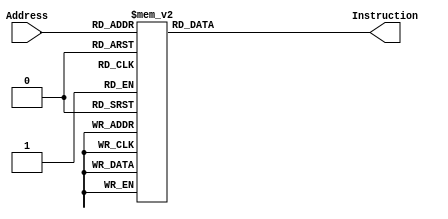
`timescale 1ns/1ps

module InstructionMemory(Address, Instruction);
	input [7:0] Address;
	output reg [31:0] Instruction;
	
	always @(*)
		case (Address)
  //Start:
        //j   Main			
      8'd0: Instruction <= {6'b000010, 26'd3};
        //j   Interrupt			
      8'd1: Instruction <= {6'b000010, 26'd139};
        //j   Exception			
      8'd2: Instruction <= {6'b000010, 26'd168};
  //Main:
        //addi $t0, $zero, 20		
      8'd3: Instruction <= {6'b001000, 5'd0, 5'd8, 16'h14};
        //jr   $t0			
      8'd4: Instruction <= {6'b000000, 5'd8, 5'd0, 5'd0, 5'd0, 6'b001000};
        //addi $t9, $zero, 4		
      8'd5: Instruction <= {6'b001000, 5'd0, 5'd25, 16'h4};
        //add  $s0, $zero, $zero
      8'd6: Instruction <= {6'b000000, 5'd0, 5'd0, 5'd16, 5'd0, 6'b100000};
        //lui  $s0, 0x4000		
      8'd7: Instruction <= {6'b001111, 5'd0, 5'd16, 16'h4000};
  //Timer_Op:
        //add  $t1, $zero, $zero		
      8'd8: Instruction <= {6'b000000, 5'd0, 5'd0, 5'd9, 5'd0, 6'b100000};
        //sw   $t1, 8($s0)		
      8'd9: Instruction <= {6'b101011, 5'd16, 5'd9, 16'h8};
        //lui  $t1, 0xffff
      8'd10: Instruction <= {6'b001111, 5'd0, 5'd9, 16'hffff};
        //ori  $t1, $t1, 0x61a8		
      8'd11: Instruction <= {6'b001101, 5'd9, 5'd9, 16'h61a8};
        //sw   $t1, 0($s0)		
      8'd12: Instruction <= {6'b101011, 5'd16, 5'd9, 16'h0};
        //ori  $t1, $t1, 0xffff		
      8'd13: Instruction <= {6'b001101, 5'd9, 5'd9, 16'hffff};
        //sw   $t1, 4($s0)		
      8'd14: Instruction <= {6'b101011, 5'd16, 5'd9, 16'h4};
        //addi $t1, $zero, 3		
      8'd15: Instruction <= {6'b001000, 5'd0, 5'd9, 16'h3};
        //sw   $t1, 8($s0)		
      8'd16: Instruction <= {6'b101011, 5'd16, 5'd9, 16'h8};
  //U_Rcv_Initialize:
        //ori  $t2, $zero, 0x0002
      8'd17: Instruction <= {6'b001101, 5'd0, 5'd10, 16'h0002};
        //sw   $t2, 32($s0)		
      8'd18: Instruction <= {6'b101011, 5'd16, 5'd10, 16'h20};
  //U_Rcv_Loop1:
        //lw   $t2, 32($s0)
      8'd19: Instruction <= {6'b100011, 5'd16, 5'd10, 16'h20};
        //andi $t2, $t2, 0x0008
      8'd20: Instruction <= {6'b001100, 5'd10, 5'd10, 16'h0008};
        //beq  $t2, $zero, U_Rcv_Loop1	
      8'd21: Instruction <= {6'b000100, 5'd0, 5'd10, 16'b1111111111111101};
        //lw   $t3, 28($s0)		
      8'd22: Instruction <= {6'b100011, 5'd16, 5'd11, 16'h1C};
        //beq  $t3, $zero, U_Rcv_Loop1	
      8'd23: Instruction <= {6'b000100, 5'd0, 5'd11, 16'b1111111111111011};
        //add  $s1, $zero, $t3		
      8'd24: Instruction <= {6'b000000, 5'd0, 5'd11, 5'd17, 5'd0, 6'b100000};
  //U_Rcv_Loop2:
        //lw   $t2, 32($s0)
      8'd25: Instruction <= {6'b100011, 5'd16, 5'd10, 16'h20};
        //andi $t2, $t2, 0x0008
      8'd26: Instruction <= {6'b001100, 5'd10, 5'd10, 16'h0008};
        //beq  $t2, $zero, U_Rcv_Loop2
      8'd27: Instruction <= {6'b000100, 5'd0, 5'd10, 16'b1111111111111101};
        //lw   $t3, 28($s0)
      8'd28: Instruction <= {6'b100011, 5'd16, 5'd11, 16'h1C};
        //beq  $t3, $zero, U_Rcv_Loop2
      8'd29: Instruction <= {6'b000100, 5'd0, 5'd11, 16'b1111111111111011};
        //add  $s2, $zero, $t3		
      8'd30: Instruction <= {6'b000000, 5'd0, 5'd11, 5'd18, 5'd0, 6'b100000};
  //U_Rcv_Finish:
        //add  $t2, $zero, $zero
      8'd31: Instruction <= {6'b000000, 5'd0, 5'd0, 5'd10, 5'd0, 6'b100000};
        //sw   $t2, 32($s0)		
      8'd32: Instruction <= {6'b101011, 5'd16, 5'd10, 16'h20};
  //Seg_Op:
        //sll  $a0, $s1, 24
      8'd33: Instruction <= {6'b000000, 5'd0, 5'd17, 5'd4, 5'd24, 6'b000000};
        //srl  $a0, $a0, 28
      8'd34: Instruction <= {6'b000000, 5'd0, 5'd4, 5'd4, 5'd28, 6'b000010};
        //jal  Get_Seg_Info
      8'd35: Instruction <= {6'b000011, 26'd77};
        //add  $s4, $zero, $v0		
      8'd36: Instruction <= {6'b000000, 5'd0, 5'd2, 5'd20, 5'd0, 6'b100000};
        //addi $s4, $s4, 0x0800
      8'd37: Instruction <= {6'b001000, 5'd20, 5'd20, 16'h0800};
        //sll  $a0, $s1, 28
      8'd38: Instruction <= {6'b000000, 5'd0, 5'd17, 5'd4, 5'd28, 6'b000000};
        //srl  $a0, $a0, 28
      8'd39: Instruction <= {6'b000000, 5'd0, 5'd4, 5'd4, 5'd28, 6'b000010};
        //jal  Get_Seg_Info
      8'd40: Instruction <= {6'b000011, 26'd77};
        //add  $s5, $zero, $v0		
      8'd41: Instruction <= {6'b000000, 5'd0, 5'd2, 5'd21, 5'd0, 6'b100000};
        //addi $s5, $s5, 0x0400
      8'd42: Instruction <= {6'b001000, 5'd21, 5'd21, 16'h0400};
        //sll  $a0, $s2, 24
      8'd43: Instruction <= {6'b000000, 5'd0, 5'd18, 5'd4, 5'd24, 6'b000000};
        //srl  $a0, $a0, 28
      8'd44: Instruction <= {6'b000000, 5'd0, 5'd4, 5'd4, 5'd28, 6'b000010};
        //jal  Get_Seg_Info
      8'd45: Instruction <= {6'b000011, 26'd77};
        //add  $s6, $zero, $v0		
      8'd46: Instruction <= {6'b000000, 5'd0, 5'd2, 5'd22, 5'd0, 6'b100000};
        //addi $s6, $s6, 0x0200
      8'd47: Instruction <= {6'b001000, 5'd22, 5'd22, 16'h0200};
        //sll  $a0, $s2, 28
      8'd48: Instruction <= {6'b000000, 5'd0, 5'd18, 5'd4, 5'd28, 6'b000000};
        //srl  $a0, $a0, 28
      8'd49: Instruction <= {6'b000000, 5'd0, 5'd4, 5'd4, 5'd28, 6'b000010};
        //jal  Get_Seg_Info
      8'd50: Instruction <= {6'b000011, 26'd77};
        //add  $s7, $zero, $v0		
      8'd51: Instruction <= {6'b000000, 5'd0, 5'd2, 5'd23, 5'd0, 6'b100000};
        //addi $s7, $s7, 0x0100
      8'd52: Instruction <= {6'b001000, 5'd23, 5'd23, 16'h0100};
  //Find_GCD_Main:
        //slt  $t0, $s1, $s2
      8'd53: Instruction <= {6'b000000, 5'd17, 5'd18, 5'd8, 5'd0, 6'b101010};
        //beq  $t0, $zero, Find_GCD_Link
      8'd54: Instruction <= {6'b000100, 5'd0, 5'd8, 16'b11};
        //add  $t0, $zero, $s1
      8'd55: Instruction <= {6'b000000, 5'd0, 5'd17, 5'd8, 5'd0, 6'b100000};
        //add  $s1, $zero, $s2
      8'd56: Instruction <= {6'b000000, 5'd0, 5'd18, 5'd17, 5'd0, 6'b100000};
        //add  $s2, $zero, $t0		
      8'd57: Instruction <= {6'b000000, 5'd0, 5'd8, 5'd18, 5'd0, 6'b100000};
  //Find_GCD_Link:
        //add  $t1, $zero, $s1
      8'd58: Instruction <= {6'b000000, 5'd0, 5'd17, 5'd9, 5'd0, 6'b100000};
        //add  $t2, $zero, $s2
      8'd59: Instruction <= {6'b000000, 5'd0, 5'd18, 5'd10, 5'd0, 6'b100000};
  //GCD_Func_Loop:
        //sub  $t1, $t1, $t2
      8'd60: Instruction <= {6'b000000, 5'd9, 5'd10, 5'd9, 5'd0, 6'b100010};
        //beq  $t1, $zero, GCD_Func_Return
      8'd61: Instruction <= {6'b000100, 5'd0, 5'd9, 16'b110};
        //slt  $t0, $t1, $t2
      8'd62: Instruction <= {6'b000000, 5'd9, 5'd10, 5'd8, 5'd0, 6'b101010};
        //beq  $t0, $zero, GCD_Func_Loop
      8'd63: Instruction <= {6'b000100, 5'd0, 5'd8, 16'b1111111111111100};
        //add  $t0, $zero, $t1
      8'd64: Instruction <= {6'b000000, 5'd0, 5'd9, 5'd8, 5'd0, 6'b100000};
        //add  $t1, $zero, $t2
      8'd65: Instruction <= {6'b000000, 5'd0, 5'd10, 5'd9, 5'd0, 6'b100000};
        //add  $t2, $zero, $t0
      8'd66: Instruction <= {6'b000000, 5'd0, 5'd8, 5'd10, 5'd0, 6'b100000};
        //j    GCD_Func_Loop
      8'd67: Instruction <= {6'b000010, 26'd60};
  //GCD_Func_Return:
        //add  $s3, $zero, $t2
      8'd68: Instruction <= {6'b000000, 5'd0, 5'd10, 5'd19, 5'd0, 6'b100000};
        //sw   $s3, 12($s0)		
      8'd69: Instruction <= {6'b101011, 5'd16, 5'd19, 16'hC};
  //U_Send_Loop:
        //lw   $t2, 32($s0)
      8'd70: Instruction <= {6'b100011, 5'd16, 5'd10, 16'h20};
        //andi $t2, $t2, 0x0010
      8'd71: Instruction <= {6'b001100, 5'd10, 5'd10, 16'h0010};
        //bne  $t2, $zero, U_Send_Loop	
      8'd72: Instruction <= {6'b000101, 5'd0, 5'd10, 16'b1111111111111101};
  //U_Send:
        //ori  $t2, $zero, 0x0001
      8'd73: Instruction <= {6'b001101, 5'd0, 5'd10, 16'h0001};
        //sw   $s3, 32($s0)		
      8'd74: Instruction <= {6'b101011, 5'd16, 5'd19, 16'h20};
        //sw   $s3, 24($s0)		
      8'd75: Instruction <= {6'b101011, 5'd16, 5'd19, 16'h18};
  //U_Send_After:
        //j    U_Rcv_Initialize		
      8'd76: Instruction <= {6'b000010, 26'd17};
  //Get_Seg_Info:
        //ori  $t0, $zero, 0x0000
      8'd77: Instruction <= {6'b001101, 5'd0, 5'd8, 16'h0000};
        //bne  $a0, $t0, Judge_1
      8'd78: Instruction <= {6'b000101, 5'd8, 5'd4, 16'b10};
        //ori  $v0, $zero, 0x0040
      8'd79: Instruction <= {6'b001101, 5'd0, 5'd2, 16'h0040};
        //jr   $ra
      8'd80: Instruction <= {6'b000000, 5'd31, 5'd0, 5'd0, 5'd0, 6'b001000};
  //Judge_1:
        //ori  $t0, $zero, 0x0001
      8'd81: Instruction <= {6'b001101, 5'd0, 5'd8, 16'h0001};
        //bne  $a0, $t0, Judge_2
      8'd82: Instruction <= {6'b000101, 5'd8, 5'd4, 16'b10};
        //ori  $v0, $zero, 0x0079
      8'd83: Instruction <= {6'b001101, 5'd0, 5'd2, 16'h0079};
        //jr   $ra
      8'd84: Instruction <= {6'b000000, 5'd31, 5'd0, 5'd0, 5'd0, 6'b001000};
  //Judge_2:
        //ori  $t0, $zero, 0x0002
      8'd85: Instruction <= {6'b001101, 5'd0, 5'd8, 16'h0002};
        //bne  $a0, $t0, Judge_3
      8'd86: Instruction <= {6'b000101, 5'd8, 5'd4, 16'b10};
        //ori  $v0, $zero, 0x0024
      8'd87: Instruction <= {6'b001101, 5'd0, 5'd2, 16'h0024};
        //jr   $ra
      8'd88: Instruction <= {6'b000000, 5'd31, 5'd0, 5'd0, 5'd0, 6'b001000};
  //Judge_3:
        //ori  $t0, $zero, 0x0003
      8'd89: Instruction <= {6'b001101, 5'd0, 5'd8, 16'h0003};
        //bne  $a0, $t0, Judge_4
      8'd90: Instruction <= {6'b000101, 5'd8, 5'd4, 16'b10};
        //ori  $v0, $zero, 0x0030
      8'd91: Instruction <= {6'b001101, 5'd0, 5'd2, 16'h0030};
        //jr   $ra
      8'd92: Instruction <= {6'b000000, 5'd31, 5'd0, 5'd0, 5'd0, 6'b001000};
  //Judge_4:
        //ori  $t0, $zero, 0x0004
      8'd93: Instruction <= {6'b001101, 5'd0, 5'd8, 16'h0004};
        //bne  $a0, $t0, Judge_5
      8'd94: Instruction <= {6'b000101, 5'd8, 5'd4, 16'b10};
        //ori  $v0, $zero, 0x0019
      8'd95: Instruction <= {6'b001101, 5'd0, 5'd2, 16'h0019};
        //jr   $ra
      8'd96: Instruction <= {6'b000000, 5'd31, 5'd0, 5'd0, 5'd0, 6'b001000};
  //Judge_5:
        //ori  $t0, $zero, 0x0005
      8'd97: Instruction <= {6'b001101, 5'd0, 5'd8, 16'h0005};
        //bne  $a0, $t0, Judge_6
      8'd98: Instruction <= {6'b000101, 5'd8, 5'd4, 16'b10};
        //ori  $v0, $zero, 0x0012
      8'd99: Instruction <= {6'b001101, 5'd0, 5'd2, 16'h0012};
        //jr   $ra
      8'd100: Instruction <= {6'b000000, 5'd31, 5'd0, 5'd0, 5'd0, 6'b001000};
  //Judge_6:
        //ori  $t0, $zero, 0x0006
      8'd101: Instruction <= {6'b001101, 5'd0, 5'd8, 16'h0006};
        //bne  $a0, $t0, Judge_7
      8'd102: Instruction <= {6'b000101, 5'd8, 5'd4, 16'b10};
        //ori  $v0, $zero, 0x0002
      8'd103: Instruction <= {6'b001101, 5'd0, 5'd2, 16'h0002};
        //jr   $ra
      8'd104: Instruction <= {6'b000000, 5'd31, 5'd0, 5'd0, 5'd0, 6'b001000};
  //Judge_7:
        //ori  $t0, $zero, 0x0007
      8'd105: Instruction <= {6'b001101, 5'd0, 5'd8, 16'h0007};
        //bne  $a0, $t0, Judge_8
      8'd106: Instruction <= {6'b000101, 5'd8, 5'd4, 16'b10};
        //ori  $v0, $zero, 0x0078
      8'd107: Instruction <= {6'b001101, 5'd0, 5'd2, 16'h0078};
        //jr   $ra
      8'd108: Instruction <= {6'b000000, 5'd31, 5'd0, 5'd0, 5'd0, 6'b001000};
  //Judge_8:
        //ori  $t0, $zero, 0x0008
      8'd109: Instruction <= {6'b001101, 5'd0, 5'd8, 16'h0008};
        //bne  $a0, $t0, Judge_9
      8'd110: Instruction <= {6'b000101, 5'd8, 5'd4, 16'b10};
        //ori  $v0, $zero, 0x0000
      8'd111: Instruction <= {6'b001101, 5'd0, 5'd2, 16'h0000};
        //jr   $ra
      8'd112: Instruction <= {6'b000000, 5'd31, 5'd0, 5'd0, 5'd0, 6'b001000};
  //Judge_9:
        //ori  $t0, $zero, 0x0009
      8'd113: Instruction <= {6'b001101, 5'd0, 5'd8, 16'h0009};
        //bne  $a0, $t0, Judge_A
      8'd114: Instruction <= {6'b000101, 5'd8, 5'd4, 16'b10};
        //ori  $v0, $zero, 0x0010
      8'd115: Instruction <= {6'b001101, 5'd0, 5'd2, 16'h0010};
        //jr   $ra
      8'd116: Instruction <= {6'b000000, 5'd31, 5'd0, 5'd0, 5'd0, 6'b001000};
  //Judge_A:
        //ori  $t0, $zero, 0x000A
      8'd117: Instruction <= {6'b001101, 5'd0, 5'd8, 16'h000A};
        //bne  $a0, $t0, Judge_B
      8'd118: Instruction <= {6'b000101, 5'd8, 5'd4, 16'b10};
        //ori  $v0, $zero, 0x0008
      8'd119: Instruction <= {6'b001101, 5'd0, 5'd2, 16'h0008};
        //jr   $ra
      8'd120: Instruction <= {6'b000000, 5'd31, 5'd0, 5'd0, 5'd0, 6'b001000};
  //Judge_B:
        //ori  $t0, $zero, 0x000B
      8'd121: Instruction <= {6'b001101, 5'd0, 5'd8, 16'h000B};
        //bne  $a0, $t0, Judge_C
      8'd122: Instruction <= {6'b000101, 5'd8, 5'd4, 16'b10};
        //ori  $v0, $zero, 0x0003
      8'd123: Instruction <= {6'b001101, 5'd0, 5'd2, 16'h0003};
        //jr   $ra
      8'd124: Instruction <= {6'b000000, 5'd31, 5'd0, 5'd0, 5'd0, 6'b001000};
  //Judge_C:
        //ori  $t0, $zero, 0x000C
      8'd125: Instruction <= {6'b001101, 5'd0, 5'd8, 16'h000C};
        //bne  $a0, $t0, Judge_D
      8'd126: Instruction <= {6'b000101, 5'd8, 5'd4, 16'b10};
        //ori  $v0, $zero, 0x0046
      8'd127: Instruction <= {6'b001101, 5'd0, 5'd2, 16'h0046};
        //jr   $ra
      8'd128: Instruction <= {6'b000000, 5'd31, 5'd0, 5'd0, 5'd0, 6'b001000};
  //Judge_D:
        //ori  $t0, $zero, 0x000D
      8'd129: Instruction <= {6'b001101, 5'd0, 5'd8, 16'h000D};
        //bne  $a0, $t0, Judge_E
      8'd130: Instruction <= {6'b000101, 5'd8, 5'd4, 16'b10};
        //ori  $v0, $zero, 0x0021
      8'd131: Instruction <= {6'b001101, 5'd0, 5'd2, 16'h0021};
        //jr   $ra
      8'd132: Instruction <= {6'b000000, 5'd31, 5'd0, 5'd0, 5'd0, 6'b001000};
  //Judge_E:
        //ori  $t0, $zero, 0x000E
      8'd133: Instruction <= {6'b001101, 5'd0, 5'd8, 16'h000E};
        //bne  $a0, $t0, Judge_F
      8'd134: Instruction <= {6'b000101, 5'd8, 5'd4, 16'b10};
        //ori  $v0, $zero, 0x0006
      8'd135: Instruction <= {6'b001101, 5'd0, 5'd2, 16'h0006};
        //jr   $ra
      8'd136: Instruction <= {6'b000000, 5'd31, 5'd0, 5'd0, 5'd0, 6'b001000};
  //Judge_F:
        //ori  $v0, $zero, 0x000E
      8'd137: Instruction <= {6'b001101, 5'd0, 5'd2, 16'h000E};
        //jr   $ra
      8'd138: Instruction <= {6'b000000, 5'd31, 5'd0, 5'd0, 5'd0, 6'b001000};
  //Interrupt:
        //lw   $t4, 8($s0)		
      8'd139: Instruction <= {6'b100011, 5'd16, 5'd12, 16'h8};
        //add  $t5, $zero, $zero		
      8'd140: Instruction <= {6'b000000, 5'd0, 5'd0, 5'd13, 5'd0, 6'b100000};
        //lui  $t5, 0xffff
      8'd141: Instruction <= {6'b001111, 5'd0, 5'd13, 16'hffff};
        //ori  $t5, $t5, 0xfff9		
      8'd142: Instruction <= {6'b001101, 5'd13, 5'd13, 16'hfff9};
        //and  $t4, $t4, $t5
      8'd143: Instruction <= {6'b000000, 5'd12, 5'd13, 5'd12, 5'd0, 6'b100100};
        //sw   $t4, 8($s0)		
      8'd144: Instruction <= {6'b101011, 5'd16, 5'd12, 16'h8};
  //Judge_Show_4:
        //ori  $t6, $zero, 0x0004
      8'd145: Instruction <= {6'b001101, 5'd0, 5'd14, 16'h0004};
        //bne  $t9, $t6, Judge_Show_5
      8'd146: Instruction <= {6'b000101, 5'd14, 5'd25, 16'b11};
        //sw   $s4, 20($s0)		
      8'd147: Instruction <= {6'b101011, 5'd16, 5'd20, 16'h14};
        //ori  $t9, $zero, 0x0005		
      8'd148: Instruction <= {6'b001101, 5'd0, 5'd25, 16'h0005};
        //j    Get_Back
      8'd149: Instruction <= {6'b000010, 26'd162};
  //Judge_Show_5:
        //ori  $t6, $zero, 0x0005
      8'd150: Instruction <= {6'b001101, 5'd0, 5'd14, 16'h0005};
        //bne  $t9, $t6, Judge_Show_6
      8'd151: Instruction <= {6'b000101, 5'd14, 5'd25, 16'b11};
        //sw   $s5, 20($s0)		
      8'd152: Instruction <= {6'b101011, 5'd16, 5'd21, 16'h14};
        //ori  $t9, $zero, 0x0006		
      8'd153: Instruction <= {6'b001101, 5'd0, 5'd25, 16'h0006};
        //j    Get_Back
      8'd154: Instruction <= {6'b000010, 26'd162};
  //Judge_Show_6:
        //ori  $t6, $zero, 0x0006
      8'd155: Instruction <= {6'b001101, 5'd0, 5'd14, 16'h0006};
        //bne  $t9, $t6, Judge_Show_7
      8'd156: Instruction <= {6'b000101, 5'd14, 5'd25, 16'b11};
        //sw   $s6, 20($s0)		
      8'd157: Instruction <= {6'b101011, 5'd16, 5'd22, 16'h14};
        //ori  $t9, $zero, 0x0007		
      8'd158: Instruction <= {6'b001101, 5'd0, 5'd25, 16'h0007};
        //j    Get_Back
      8'd159: Instruction <= {6'b000010, 26'd162};
  //Judge_Show_7:
        //sw   $s7, 20($s0)		
      8'd160: Instruction <= {6'b101011, 5'd16, 5'd23, 16'h14};
        //ori  $t9, $zero, 0x0004		
      8'd161: Instruction <= {6'b001101, 5'd0, 5'd25, 16'h0004};
  //Get_Back:
        //add  $t5, $zero, $zero		
      8'd162: Instruction <= {6'b000000, 5'd0, 5'd0, 5'd13, 5'd0, 6'b100000};
        //ori  $t5, $t5, 0x0002		
      8'd163: Instruction <= {6'b001101, 5'd13, 5'd13, 16'h0002};
        //or   $t4, $t4, $t5
      8'd164: Instruction <= {6'b000000, 5'd12, 5'd13, 5'd12, 5'd0, 6'b100101};
        //sw   $t4, 8($s0)		
      8'd165: Instruction <= {6'b101011, 5'd16, 5'd12, 16'h8};
        //addi $k0, $k0, -4
      8'd166: Instruction <= {6'b001000, 5'd26, 5'd26, 16'hFFFC};
        //jr   $k0
      8'd167: Instruction <= {6'b000000, 5'd26, 5'd0, 5'd0, 5'd0, 6'b001000};
  //Exception:
        //j Exception
      8'd168: Instruction <= {6'b000010, 26'd168};

			default: Instruction <= {6'b000010, 26'd0};
			  //i.e. j Main
		endcase
		
endmodule